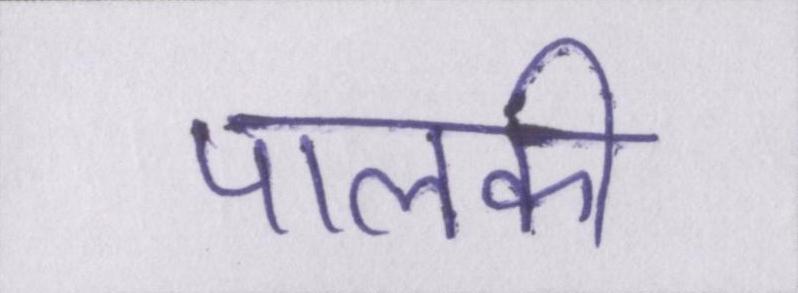
पालकी